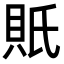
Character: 𧵄